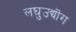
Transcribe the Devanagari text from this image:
लघुउद्यॊग